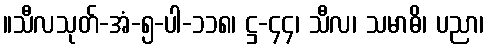
။သီလသုတ်-အံ-၅-ပါ-၁၁၈၊ ဋ္ဌ-၄၄၊ သီလ၊ သမာဓိ၊ ပညာ၊